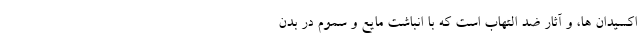
اکسیدان ها، و آثار ضد التهاب است که با انباشت مایع و سموم در بدن